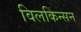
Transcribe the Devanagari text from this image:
विलकिन्सन